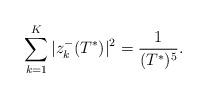
LaTeX: \begin{align*}\sum_{k=1}^K |z_{k}^-(T^*)|^2= \frac{1}{(T^*)^{5}}.\end{align*}